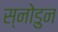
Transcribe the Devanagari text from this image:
स्नोडुन